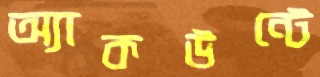
অ্যাকউন্টে